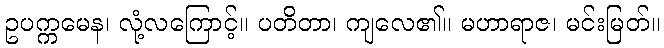
ဥပက္ကမေန၊ လုံ့လကြောင့်။ ပတိတာ၊ ကျလေ၏။ မဟာရာဇ၊ မင်းမြတ်။